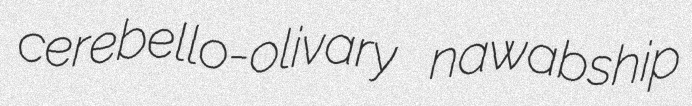
cerebello-olivary nawabship